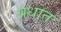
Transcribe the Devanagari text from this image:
प्रधात